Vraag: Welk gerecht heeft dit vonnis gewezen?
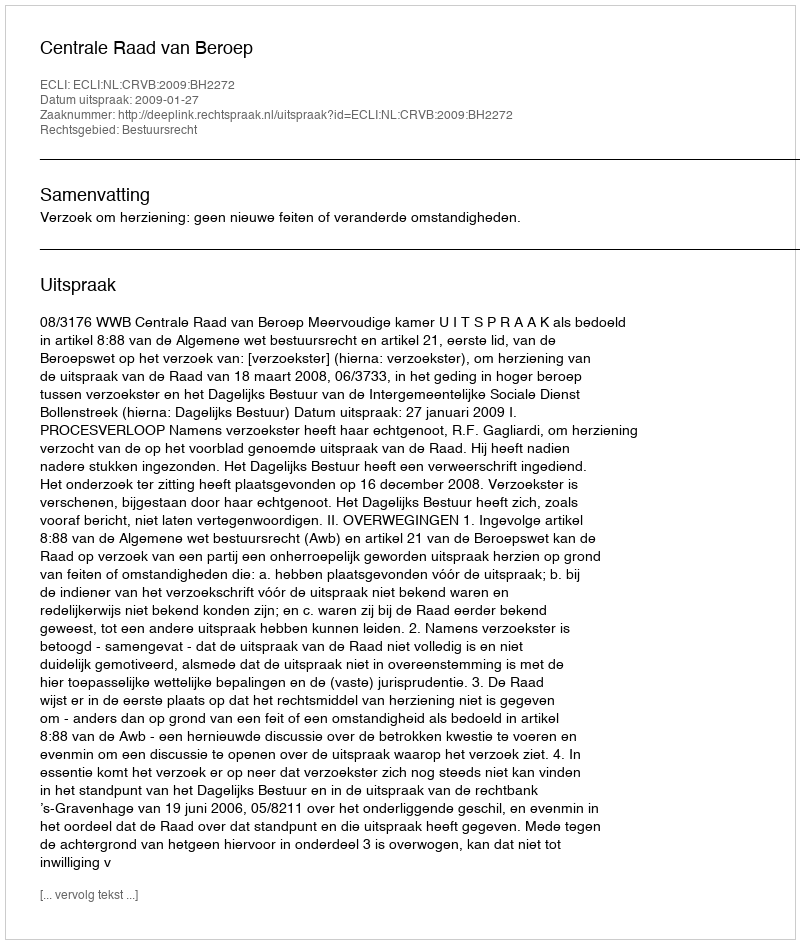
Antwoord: Centrale Raad van Beroep